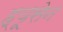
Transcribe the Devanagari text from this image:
ह्यूसेन